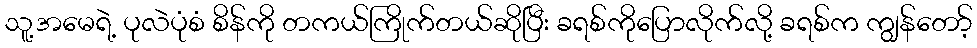
သူ့အမေရဲ့ ပုလဲပုံစံ စိန်ကို တကယ်ကြိုက်တယ်ဆိုပြီး ခရစ်ကိုပြောလိုက်လို့ ခရစ်က ကျွန်တော့်